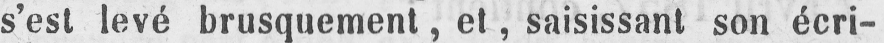
s’est levé brusquement, et, saisissant son écri-